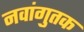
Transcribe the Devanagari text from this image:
नवांगुतक